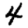
Digit: 4